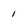
Character: 1